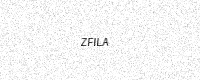
Text: ZFILA